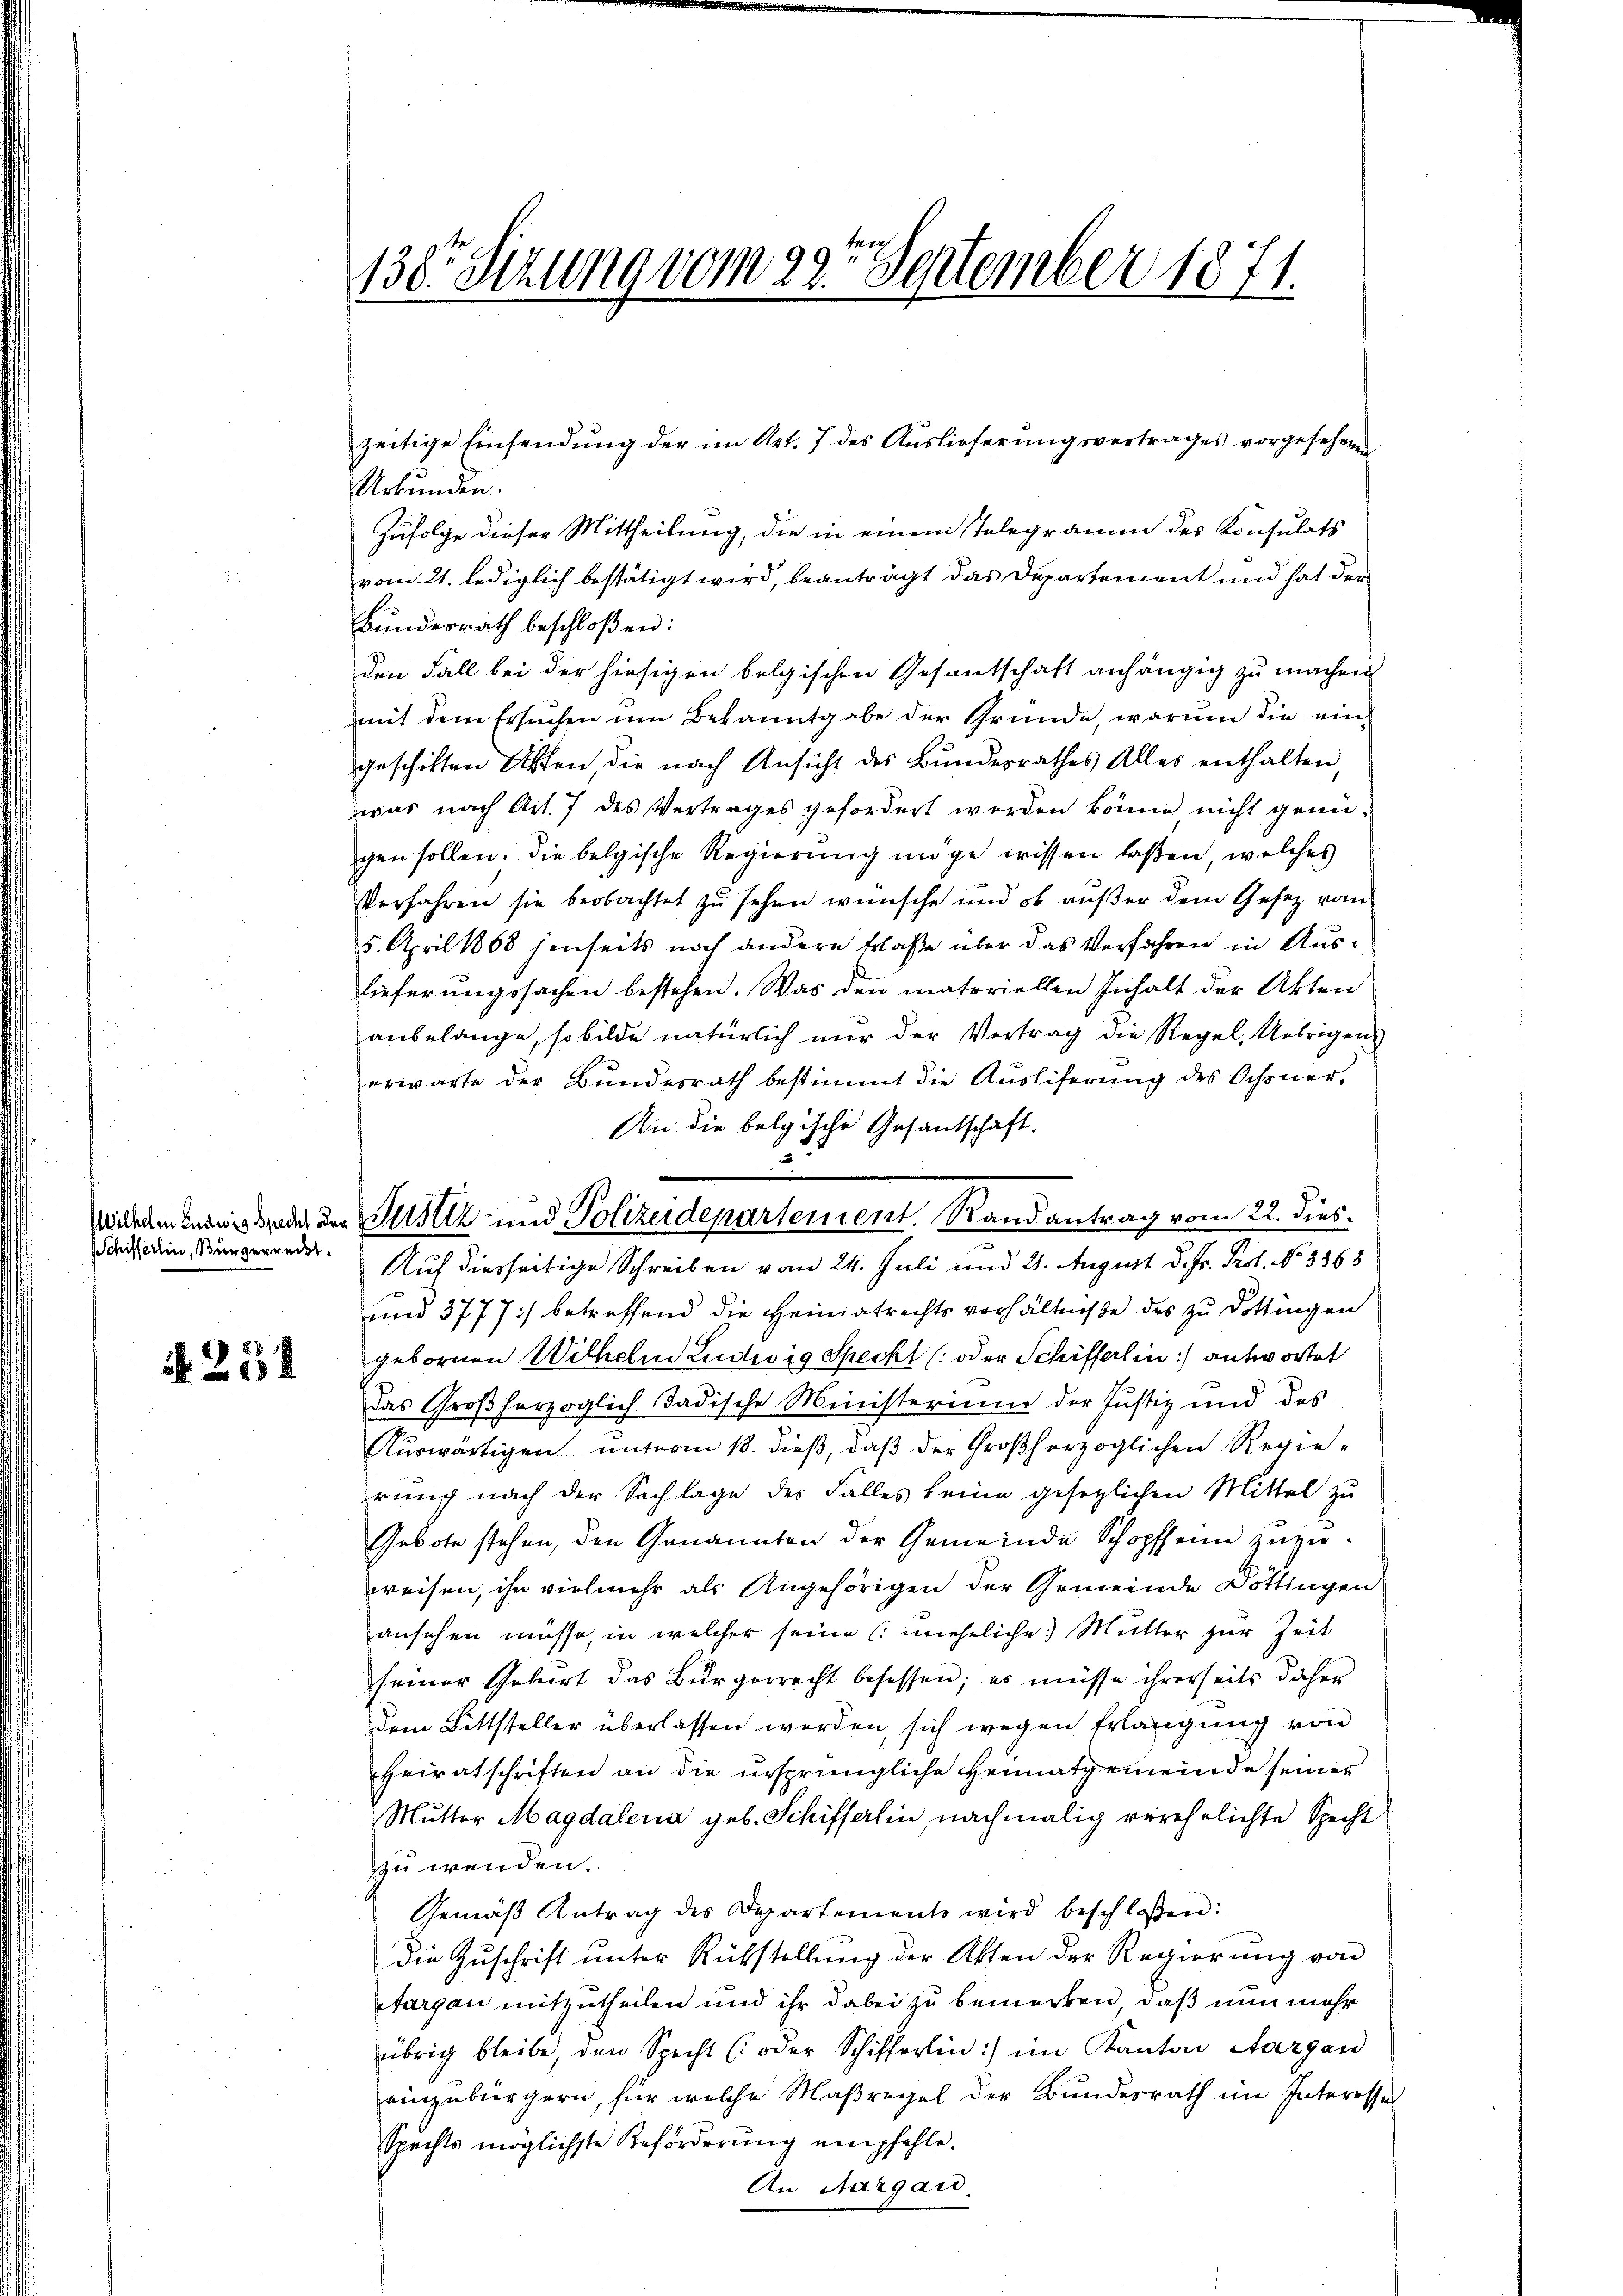
Schifferlin, Bürgerredet.

N. 254

130r Sitzung vom 29ten September 1871.

Willen einigend der Justiz und Polizeidepartement. Randantrag vom 22. dies

zeitige Einsendung der im Art. 7 des Auslieferungsvertrages vorgesehend
Urkunden.
Zufolge dieser Mittheilung, die in einem Telegramm des Konsulats
vom 21. lediglich bestätigt wird, beanträgt das Departement und hat der
Bundesrath beschloßen:
den Fall bei der hiesigen belgischen Gesantschaft anhängig zu machen
mit dem Ersuchen um Bekanntgabe der Gründe, warum die eingeschikten Akten, die nach Ansicht des Bundesrathes Alles enthalten,
was nach Art. 7 des Vertrages gefordert werden könne nicht genü-
gen sollen. Die belgische Regierung möge wissen laßen, welches
Verfahren sie beobachtet zŭ sehen wünsche und ob aŭβer dem Gesetz vom
5. April 1868 jenseits noch andern Erlaße über das Verfahren in Auslieferungssachen bestehen. Was den materiellen Inhalt der Akten
anbelange, so bilde natürlich nŭr der Vertrag die Regel. Uebrigens
erwarte der Bundesrath bestimmt die Ausliferung des Ochsner-
An die belgische Gesantschaft.
3
Auf diesseitige Schreiben vom 24. Juli und 21. August d. Js. Prof. No 3363
.
und 3777) betreffend die Heimatrechts verhältniße des zu Döttingen
gebornen Wilhelm Ludwig Speckt (oder Schifferlin :/ antwortet
das Großherzoglich dadische Ministerium der Justiz und des
Auswärtigen unterm 18. dieß, daβ der Großherzoglichen Regierung nach der Sachlage des Falles keine gesetzlichen Mittel zu
Gebote stehen, den Genannten der Gemeinde Schopfenn zuzuweisen, ihn vielmehr als Angehörigen der Gemeinde Döttingen
ansehen müsse, in welcher seine uneheliche Mutter zur Zeit
seiner Geburt das Bürgerrecht besessen; es müsse ihrerseits daher
dem Bittsteller überlassen werden, sich wegen Erlangung von
Heiratschriften an die ursprüngliche Heimatgemeinde seiner
Mutter Magdalena geb. Schifferlin, nachmalig verehelichte Specht
zu wenden.
Gemäβ Antrag des Departements wird beschloßen:
die Zŭschrift ŭnter Rükstellŭng der Akten der Regierŭng von
furgau mitzutheilen und ihr dabei zu bemerken, daß nun mehr
übrig bleibe, den Specht (oder Schifferlin:) im Kanton Aargau
einzubürgern, für welche Maßregel der Bundesrath im Interesses
Spechts möglichste Beförderŭng empfehle.
An Aargard.